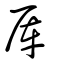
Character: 厙